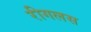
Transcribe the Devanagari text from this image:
रीगलस